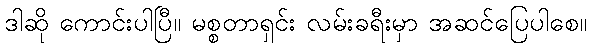
ဒါဆို ကောင်းပါပြီ။ မစ္စတာရှင်း လမ်းခရီးမှာ အဆင်ပြေပါစေ။